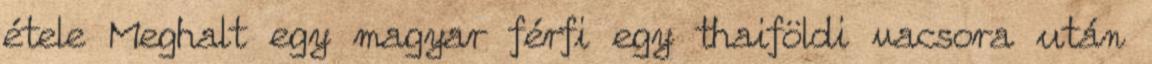
étele Meghalt egy magyar férfi egy thaiföldi vacsora után